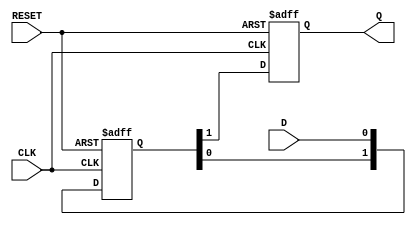
module async_to_sync_converter (
    input wire D,        // Async Data Input
    input wire CLK,      // Synchronous Clock
    input wire RESET,    // Reset signal
    output reg Q         // Sync Data Output
);

    // Internal signals for synchronization
    reg [1:0] sync_ff;   // Two flip-flops for synchronization

    // Asynchronous reset logic
    always @(posedge CLK or posedge RESET) begin
        if (RESET) begin
            sync_ff <= 2'b00; // Reset both flip-flops
            Q <= 1'b0;        // Reset output
        end else begin
            sync_ff[0] <= D;  // Sample the async data
            sync_ff[1] <= sync_ff[0]; // Second stage for metastability handling
            Q <= sync_ff[1];  // Output the synchronized data
        end
    end

endmodule